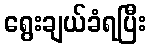
ရွေးချယ်ခံရပြီး